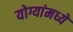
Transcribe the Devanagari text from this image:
योग्यांमध्ये